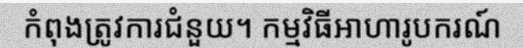
កំពុងត្រូវការជំនួយ។ កម្មវិធីអាហារូបករណ៍